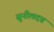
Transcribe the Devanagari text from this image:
सुनीलदत्त